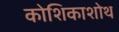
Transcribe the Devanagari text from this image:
कोशिकाशोथ